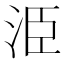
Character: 𭰍